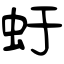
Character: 虶